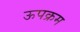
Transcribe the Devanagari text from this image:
ऊपक्रम